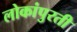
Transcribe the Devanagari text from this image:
लोकांपुरती